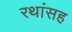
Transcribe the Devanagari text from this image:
रथांसह